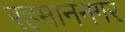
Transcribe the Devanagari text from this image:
रहमाननगर